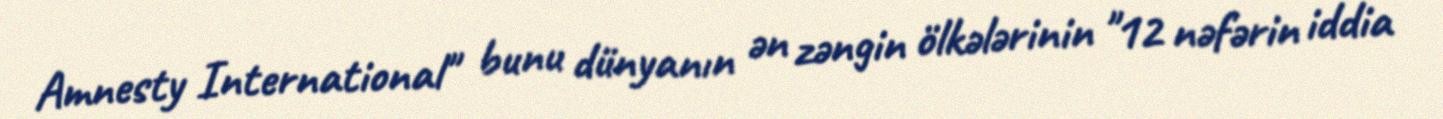
Amnesty International" bunu dünyanın ən zəngin ölkələrinin "12 nəfərin iddia